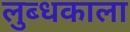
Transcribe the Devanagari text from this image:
लुब्धकाला